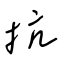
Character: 抗